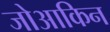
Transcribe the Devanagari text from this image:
जोआकिन